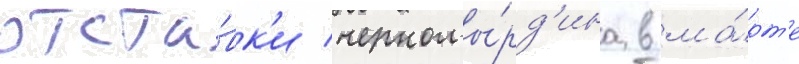
отста́вк'и черномы́рд'ина в ма́рт'е